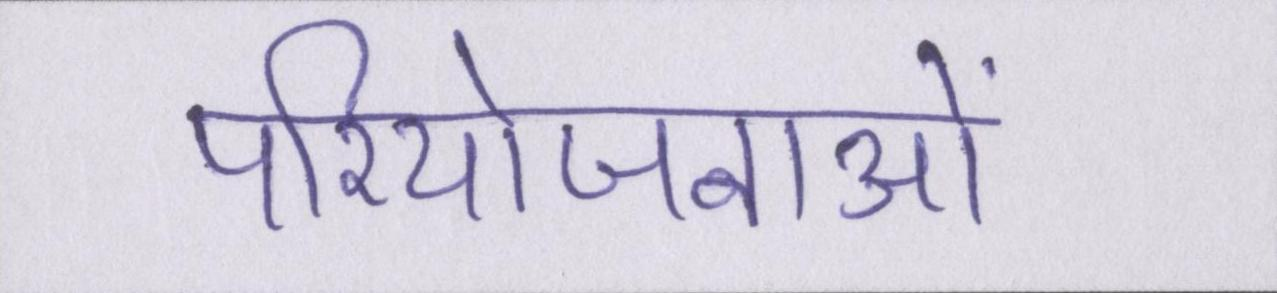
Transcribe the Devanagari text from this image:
परियोजनाओं